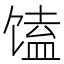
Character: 馌